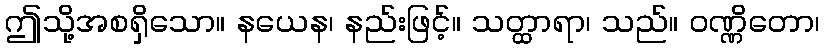
ဤသို့အစရှိသော။ နယေန၊ နည်းဖြင့်။ သတ္ထာရာ၊ သည်။ ဝဏ္ဏိတော၊